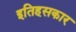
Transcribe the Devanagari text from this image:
इतिहसकार